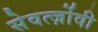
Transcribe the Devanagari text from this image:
सेवर्त्ज़ोवी